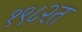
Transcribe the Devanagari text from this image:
१९८२त